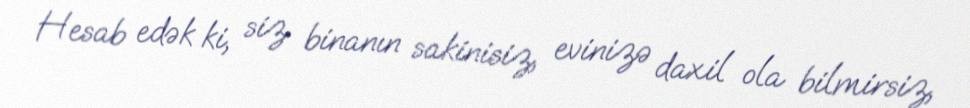
Hesab edək ki, siz binanın sakinisiz, evinizə daxil ola bilmirsiz,